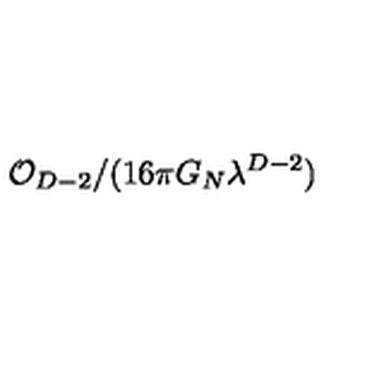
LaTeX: \mathcal { O } _ { D - 2 } / ( 1 6 \pi G _ { N } \lambda ^ { D - 2 } )